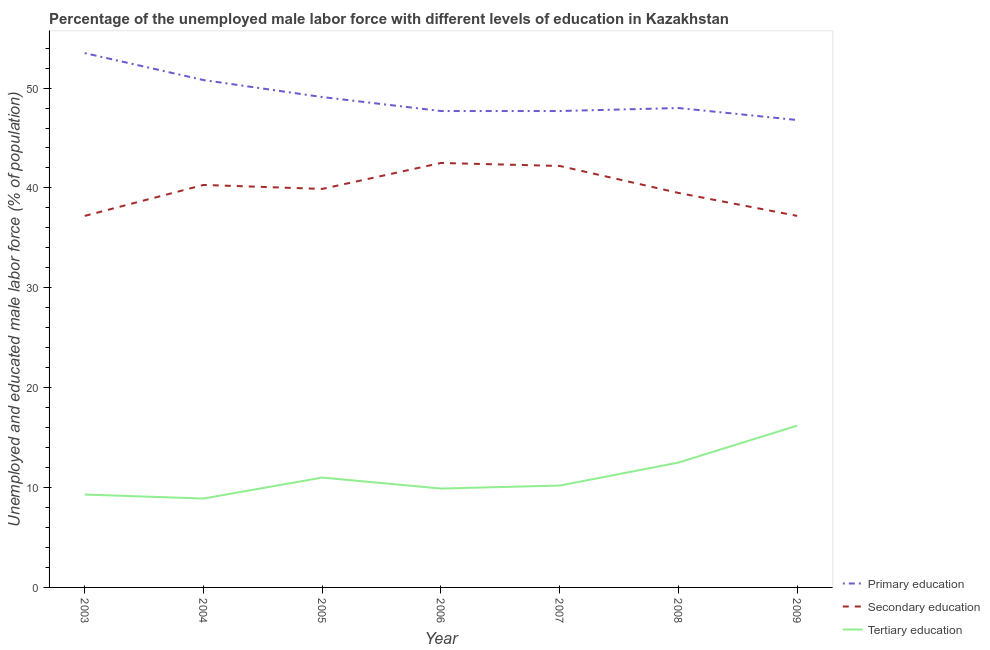
| Year | Primary education | Secondary education | Tertiary education |
 | --- | --- | --- | --- |
 | 2003 | 53.5 | 37.2 | 9.3 |
 | 2004 | 50.8 | 40.3 | 8.9 |
 | 2005 | 49.1 | 39.9 | 11 |
 | 2006 | 47.7 | 42.5 | 9.9 |
 | 2007 | 47.7 | 42.2 | 10.2 |
 | 2008 | 48 | 39.5 | 12.5 |
 | 2009 | 46.8 | 37.2 | 16.2 |